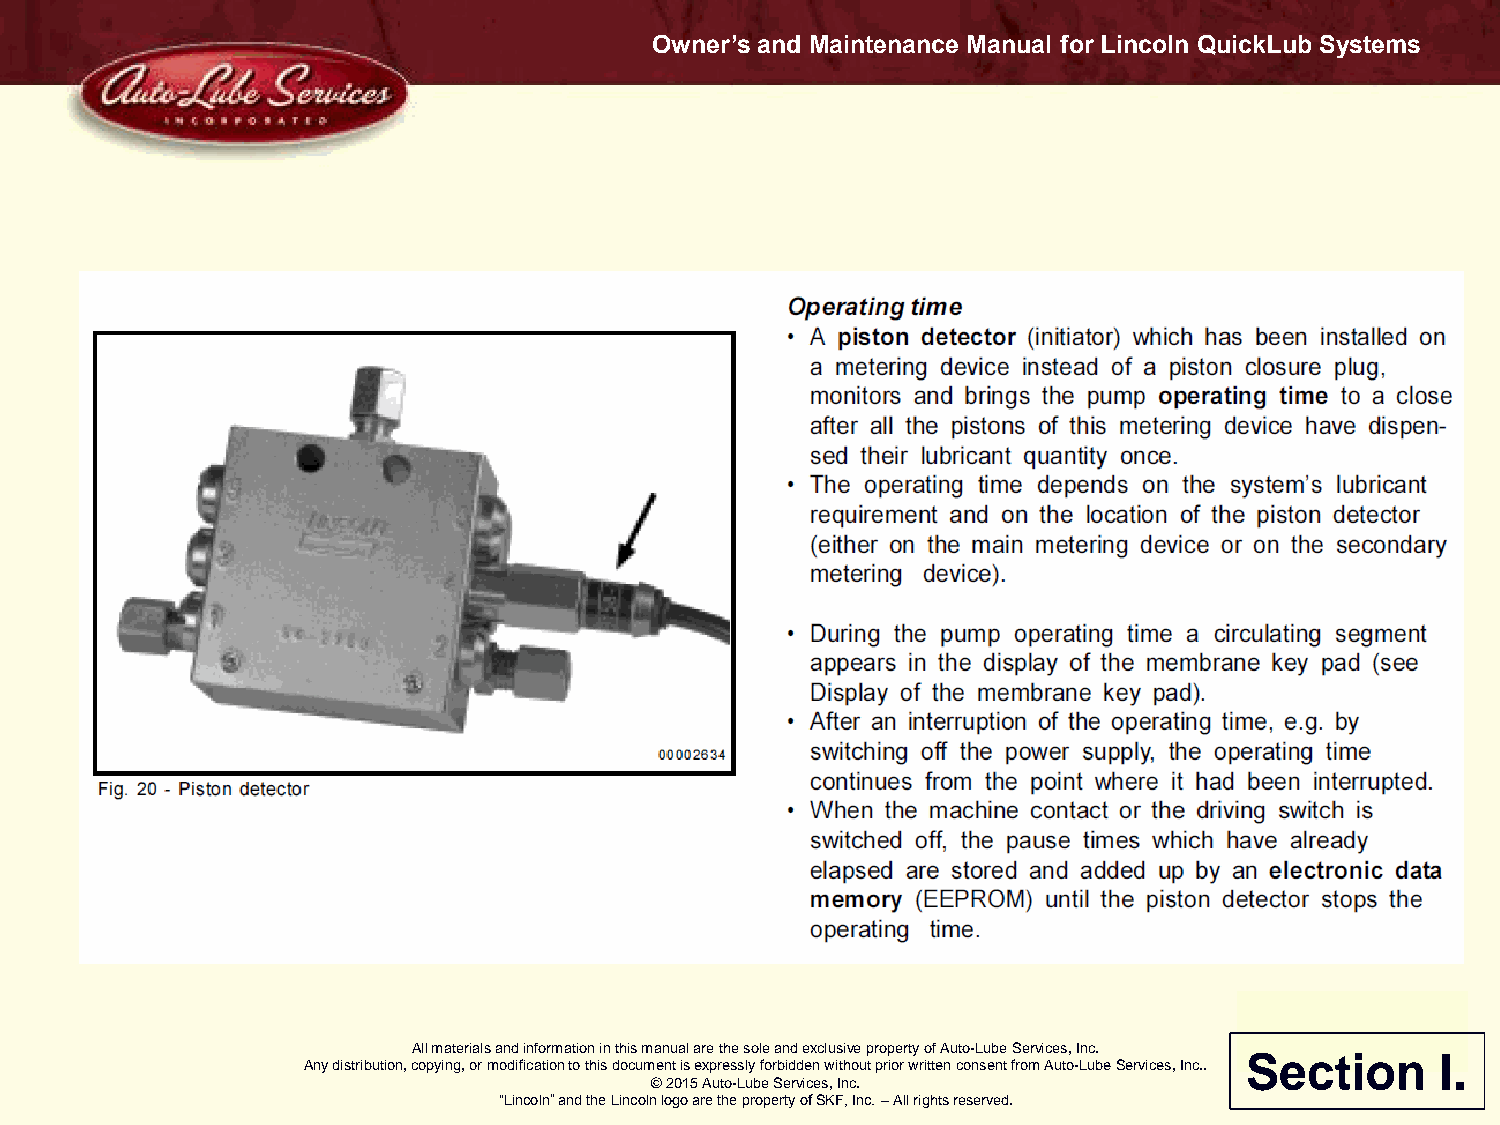
Owner’s and Maintenance Manual for Lincoln QuickLub Systems
 All materials and information in this manual are the sole and exclusive property of Auto-Lube Services, Inc.
 Section      I.
 Any distribution, copying, or modification to this document is expressly forbidden without prior written consent from Auto-Lube Services, Inc..
 © 2015 Auto-Lube Services, Inc.
 “Lincoln” and the Lincoln logo are the property of SKF, Inc. – All rights reserved.